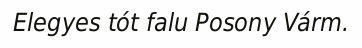
Elegyes tót falu Posony Várm.